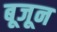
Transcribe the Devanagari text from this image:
बूजून